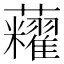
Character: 𧅛